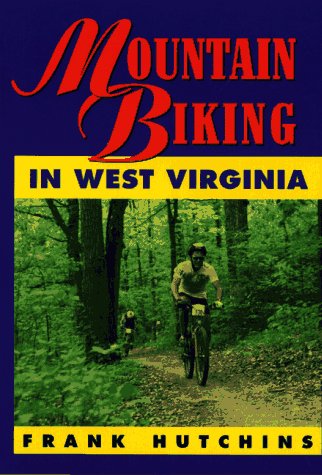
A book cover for Mountain Biking in West Virginia; Frank Hutchins; Travel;